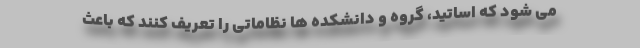
می شود که اساتید، گروه و دانشکده ها نظاماتی را تعریف کنند که باعث